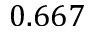
0 . 6 6 7